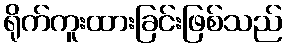
ရိုက်ကူးထားခြင်းဖြစ်သည်